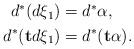
\begin{align*}\begin{aligned}d^* ( d \xi_1) &= d^* \alpha, \\d^* ( \mathbf{t} d\xi_1 ) &= d^* ( \mathbf{t} \alpha ).\end{aligned} \end{align*}